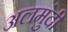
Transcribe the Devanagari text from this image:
अलमुंदी